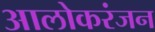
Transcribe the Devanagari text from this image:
आलोकरंजन